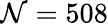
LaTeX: \mathcal{N}=508